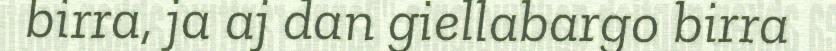
birra, ja aj dan giellabargo birra